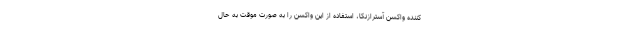
کننده واکسن آسترازنکا، استفاده از این واکسن را به صورت موقت به حال